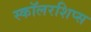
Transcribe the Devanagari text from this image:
स्कॉलरशिप्स